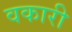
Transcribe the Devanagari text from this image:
वकारी